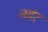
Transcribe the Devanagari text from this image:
नवंर